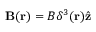
\mathbf { B } ( \mathbf { r } ) = B \delta ^ { 3 } ( \mathbf { r } ) \hat { \mathbf { z } }